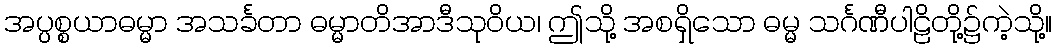
အပ္ပစ္စယာဓမ္မာ အသင်္ခတာ ဓမ္မာတိအာဒီသုဝိယ၊ ဤသို့ အစရှိသော ဓမ္မ သင်္ဂဏီပါဠိတို့၌ကဲ့သို့။